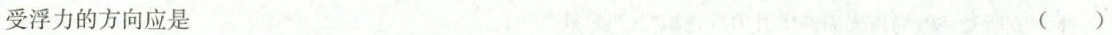
受浮力的方向应是 ()